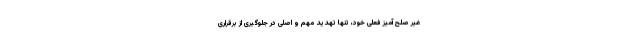
غیر صلح آمیز فعلی خود، تنها تهدید مهم و اصلی در جلوگیری از برقراری